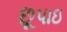
છૂપાઇ